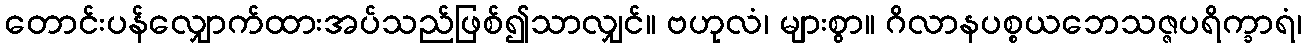
တောင်းပန်လျှောက်ထားအပ်သည်ဖြစ်၍သာလျှင်။ ဗဟုလံ၊ များစွာ။ ဂိလာနပစ္စယဘေသဇ္ဇပရိက္ခာရံ၊